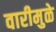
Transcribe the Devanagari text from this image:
वारीमुळे